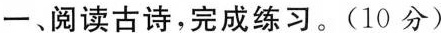
一、阅读古诗，完成练习。(10分)